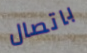
باتصال